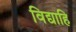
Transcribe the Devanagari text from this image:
विद्याहि